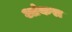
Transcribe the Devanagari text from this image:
आंकरा